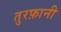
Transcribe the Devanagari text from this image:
तुरफ़ानी